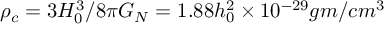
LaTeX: \rho _ { c } = 3 H _ { 0 } ^ { 3 } / 8 \pi G _ { N } = 1 . 8 8 h _ { 0 } ^ { 2 } \times 1 0 ^ { - 2 9 } g m / c m ^ { 3 }